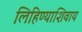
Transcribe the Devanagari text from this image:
लिहिण्याशिवाय